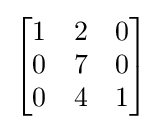
{\begin{bmatrix}1&2&0\\0&7&0\\0&4&1\end{bmatrix}}